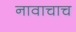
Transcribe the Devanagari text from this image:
नावाचाच